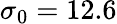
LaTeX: \sigma_{0}=12.6